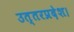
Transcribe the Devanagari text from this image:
उत्तरप्रदेश।